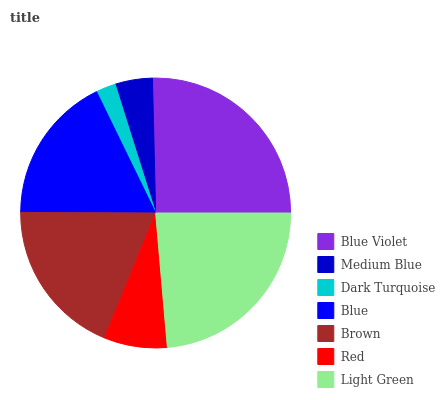
| Blue Violet | Medium Blue | Dark Turquoise | Blue | Brown | Red | Light Green |
 | --- | --- | --- | --- | --- | --- | --- |
 | 25.3% | 4.48% | 2.37% | 17.7% | 19% | 7.57% | 23.6% |